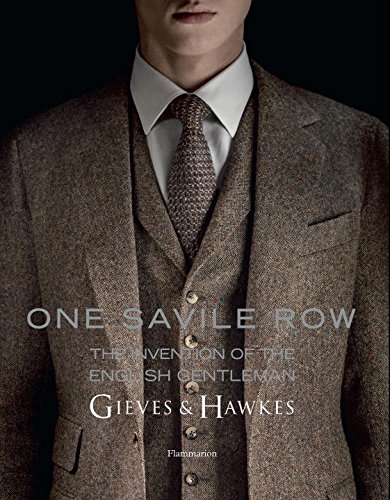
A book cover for One Savile Row: Gieves & Hawkes: The Invention of the English Gentleman; Marcus Binney; Health, Fitness & Dieting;